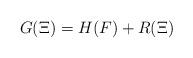
LaTeX: \begin{align*}G(\Xi)=H(F) + R(\Xi)\end{align*}